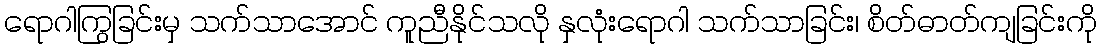
ရောဂါကြွခြင်းမှ သက်သာအောင် ကူညီနိုင်သလို နှလုံးရောဂါ သက်သာခြင်း၊ စိတ်ဓာတ်ကျခြင်းကို